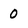
Character: 0